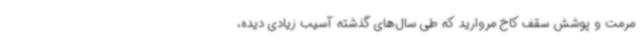
مرمت و پوشش سقف کاخ مروارید که طی سال‌های گذشته آسیب زیادی دیده،